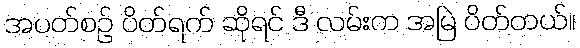
အပတ်စဉ် ပိတ်ရက် ဆိုရင် ဒီ လမ်းက အမြဲ ပိတ်တယ်။